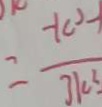
= \frac { - k ^ { 2 } - 1 } { 3 k ^ { 2 } . }